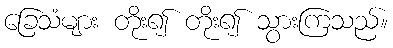
ခြေသံများ တိုး၍ တိုး၍ သွားကြသည်။